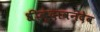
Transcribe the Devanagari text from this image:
श्रीवृंदावनदेव